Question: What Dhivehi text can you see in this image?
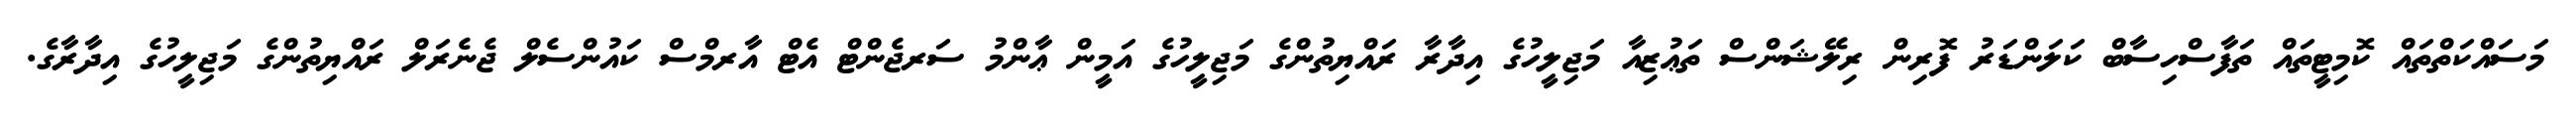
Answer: މަސައްކަތްތައް ކޮމިޓީތައް ތަފާސްހިސާބް ކަލަންޑަރު ފޮރިން ރިލޭޝަންސް ތަޢުޒިއާ މަޖިލީހުގެ އިދާރާ ރައްޔިތުންގެ މަޖިލީހުގެ އަމީން ޢާންމު ސަރޖެންޓް އެޓް އާރމްސް ކައުންސެލް ޖެނެރަލް ރައްޔިތުންގެ މަޖިލީހުގެ އިދާރާގެ.